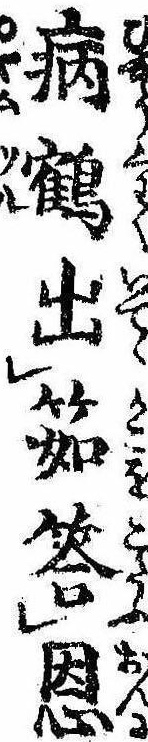
病鶴出筎答恩